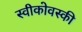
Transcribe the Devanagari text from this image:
स्वीकोवस्की